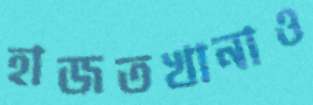
হাজতখানাও